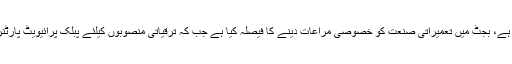
ذرائع کا کہنا ہے کہ ترقیاتی بجٹ 530 ارب روپے تک مختص کیے جانے کی توقع ہے، بجٹ میں تعمیراتی صنعت کو خصوصی مراعات دینے کا فیصلہ کیا ہے جب کہ ترقیاتی منصوبوں کیلئے پبلک پرائیویٹ پارٹنرشپ کے تحت 200 ارب سے زیادہ مختص کیے جانے کی تجویز پیش کی گئی ہے۔